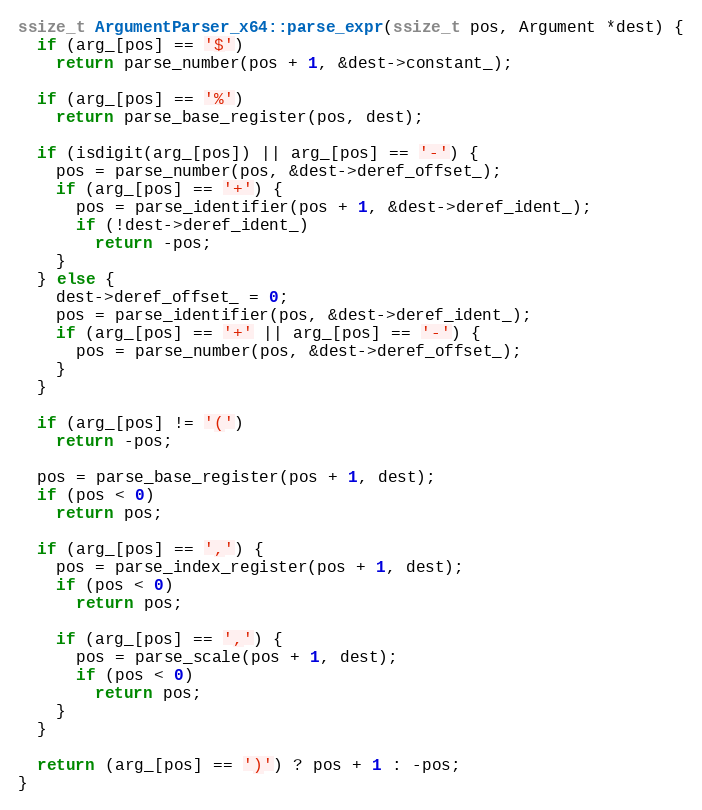
Language: C++
ssize_t ArgumentParser_x64::parse_expr(ssize_t pos, Argument *dest) {
  if (arg_[pos] == '$')
    return parse_number(pos + 1, &dest->constant_);

  if (arg_[pos] == '%')
    return parse_base_register(pos, dest);

  if (isdigit(arg_[pos]) || arg_[pos] == '-') {
    pos = parse_number(pos, &dest->deref_offset_);
    if (arg_[pos] == '+') {
      pos = parse_identifier(pos + 1, &dest->deref_ident_);
      if (!dest->deref_ident_)
        return -pos;
    }
  } else {
    dest->deref_offset_ = 0;
    pos = parse_identifier(pos, &dest->deref_ident_);
    if (arg_[pos] == '+' || arg_[pos] == '-') {
      pos = parse_number(pos, &dest->deref_offset_);
    }
  }

  if (arg_[pos] != '(')
    return -pos;

  pos = parse_base_register(pos + 1, dest);
  if (pos < 0)
    return pos;

  if (arg_[pos] == ',') {
    pos = parse_index_register(pos + 1, dest);
    if (pos < 0)
      return pos;

    if (arg_[pos] == ',') {
      pos = parse_scale(pos + 1, dest);
      if (pos < 0)
        return pos;
    }
  }

  return (arg_[pos] == ')') ? pos + 1 : -pos;
}